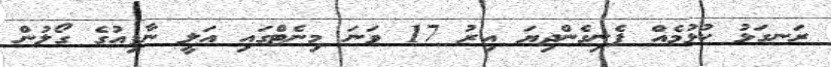
ރަނގަޅު ކުޅުމެއް ފެނިގެންދިޔަ އިރު 17 ވަނަ މިނެޓްގައި އަލީ ނާފިއުގެ ގޯލުން